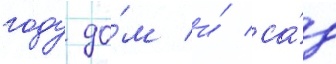
году до́м и́ са́д